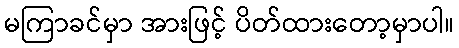
မကြာခင်မှာ အားဖြင့် ပိတ်ထားတော့မှာပါ။